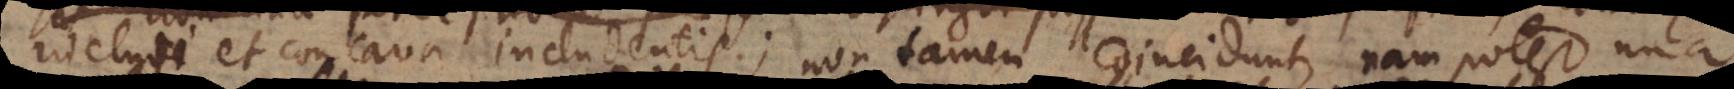
inclusi et concava includentis; non tamen coincidunt, nam potest una